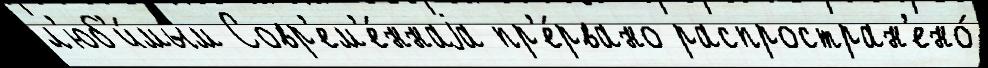
л'юб'и́мым Совр'ем'е́ннаjа пр'е́рвано распростран'ено́